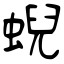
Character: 蜺